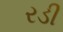
રડી